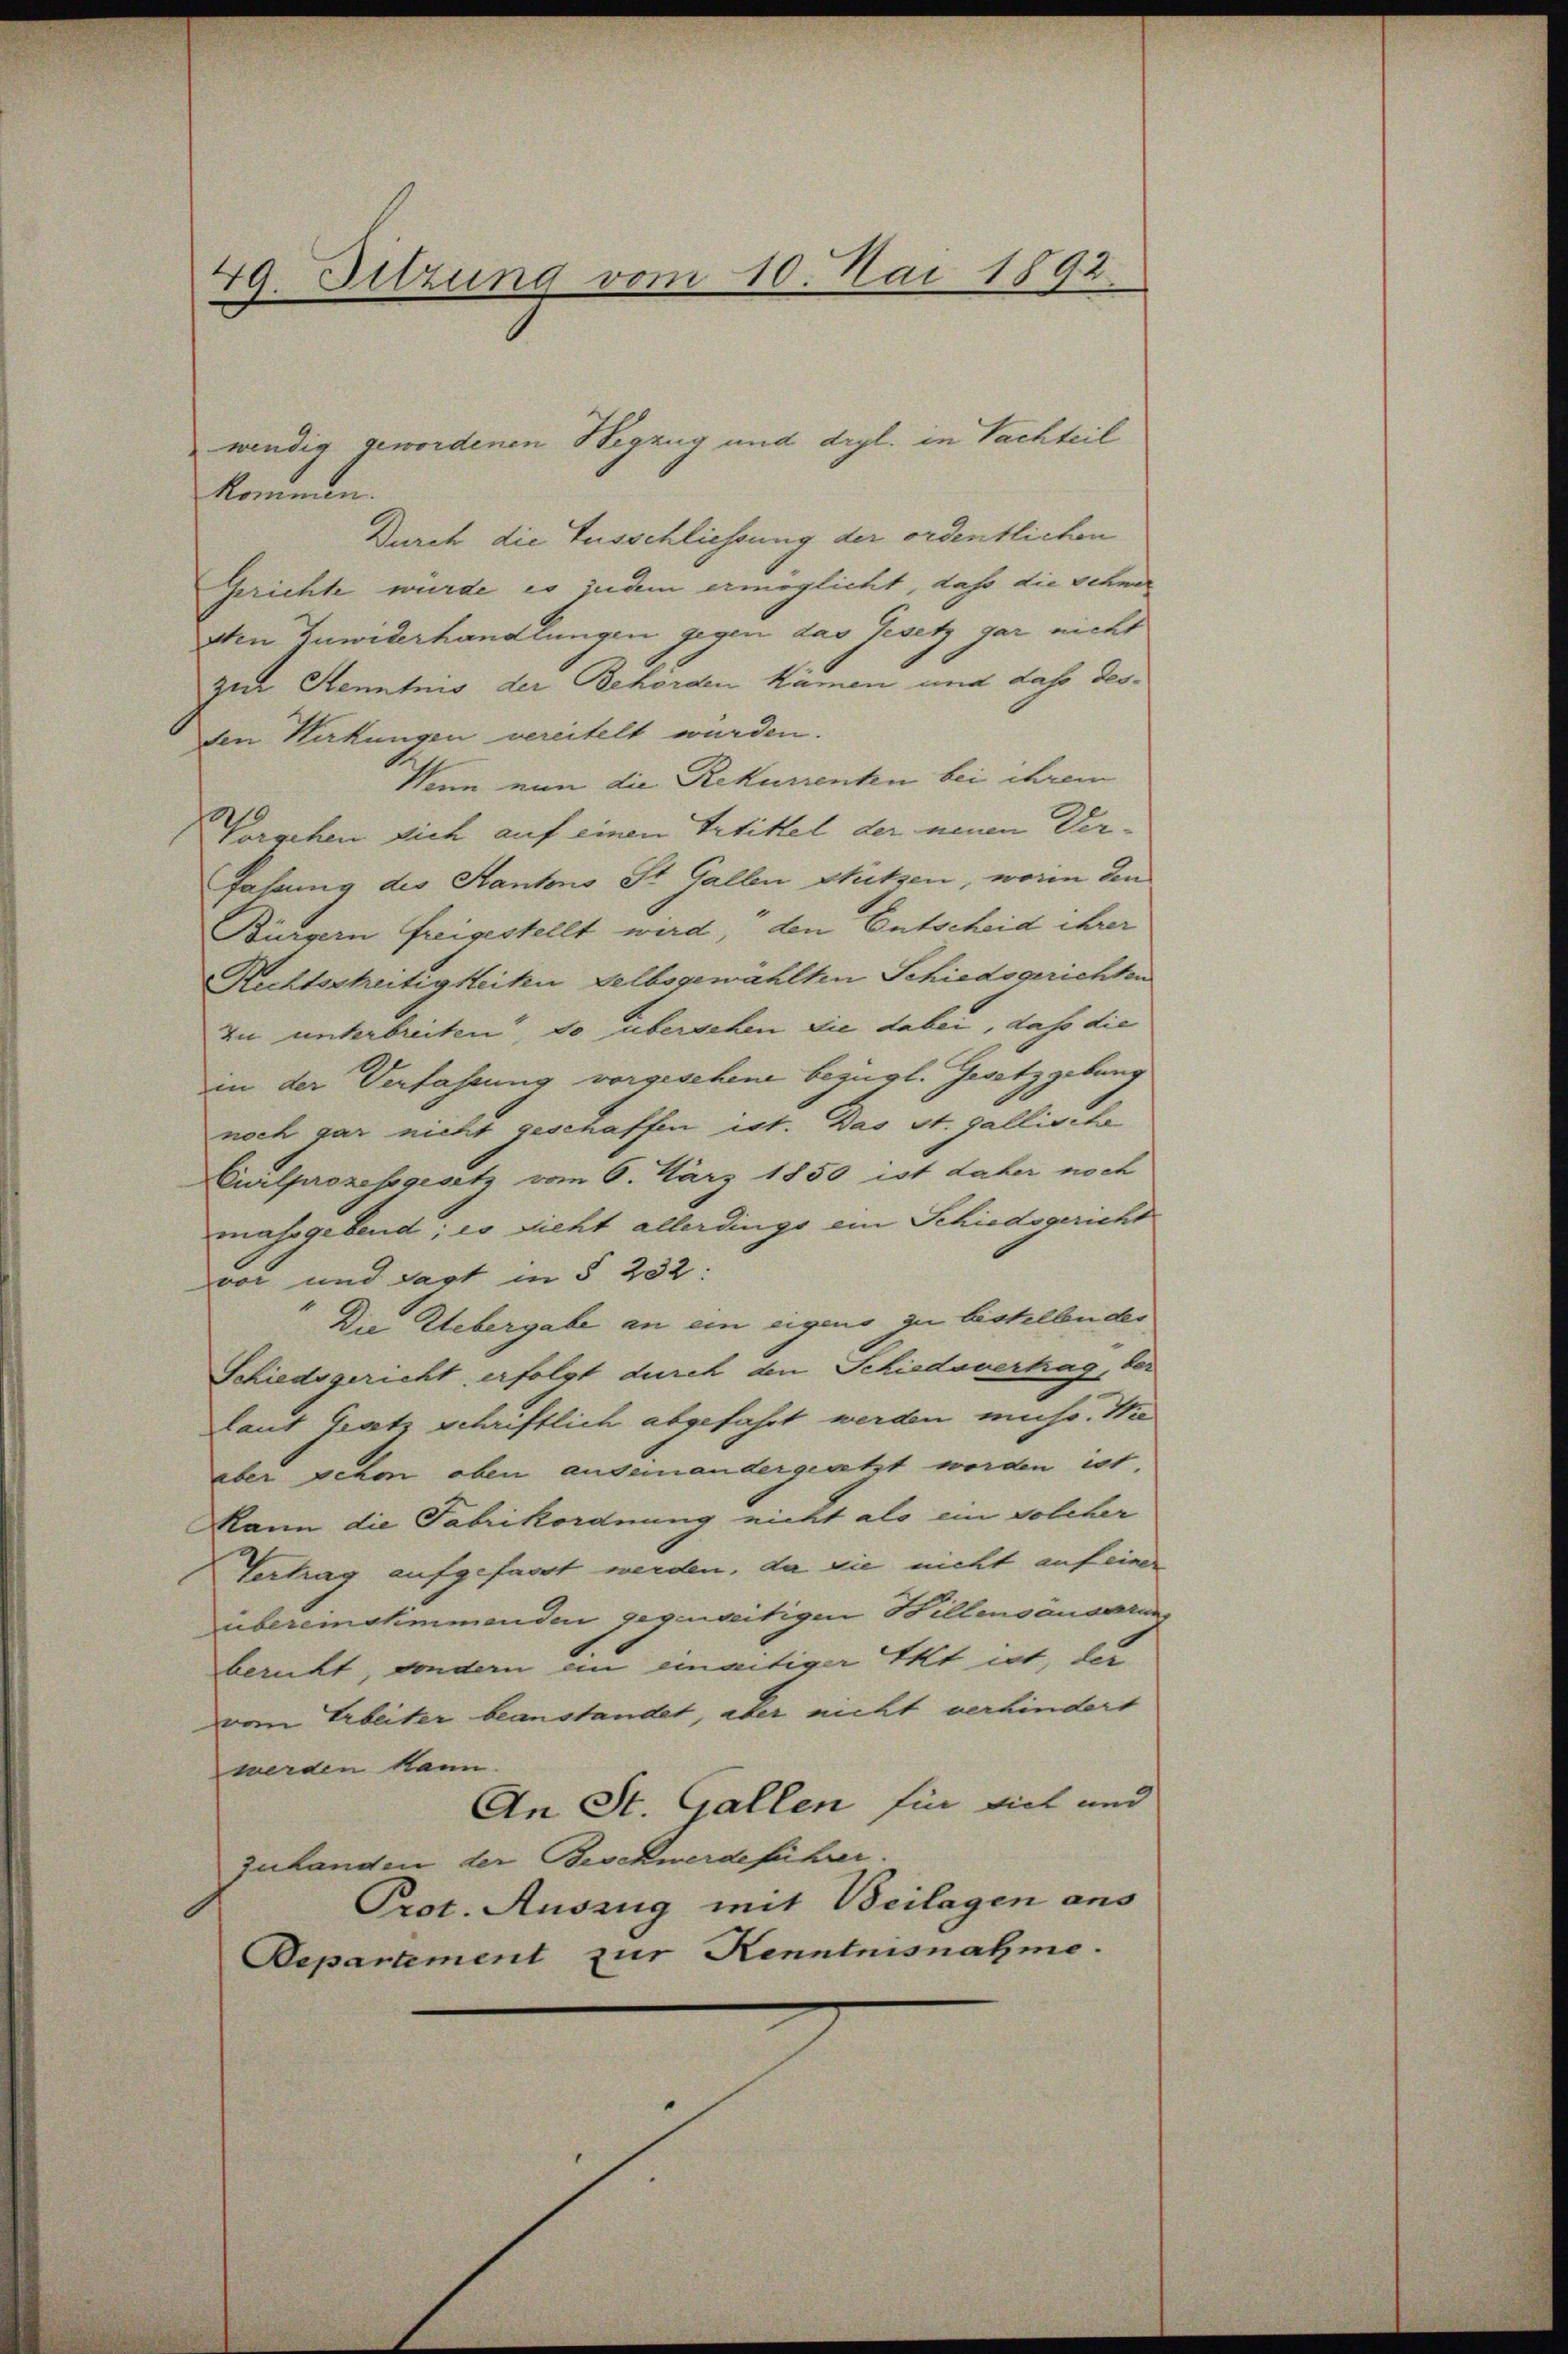
49. Sitzung vom 10. Mai 1892.

wendig gewordenen Wegzug und drgl. in Nachteil
kommen.
Durch die Ausschliessung der ordentlichen
Gerichte würde es jedem ermöglicht, daß die Schwer
2ten Zuwiderhandlungen gegen das Gesetz gar nicht
zur Kenntnis der Behörden kämen und dass desden Herkungen vereitelt wurden.
Wann von die Rekurrenten bei ihrem
Vorschen sich auf einen Petittel der neuen Ver-
fahrung des Kantons St. Gallen Stützen, worin den
Bürgern freigestellt wird, den Entscheid ihrer
Richtsstreitigkeiten selbsgemählten Schiedsgerichten
zu unterbreiten, so übersehen die dabei, daß die
in der Verfassung vorgesehene bezügl. Gesetzgebung
noch gar nicht geschaffen ist. Das St. Gallische
Civilprozessgesetz vom 6. März 1850 ist daher noch
massgebend; es sieht allerdings ein Schiedsgericht
vor und sagt in § 232:
Die Uebergabe an ein eigens zu bestellen der
Schiedsgericht erfolgt durch den Schiedavertag, der
Laut Gratz schriftlich abgefahrt werden muss. Wie
aber sehr oben andern andergesetzt werden ist,
kann die Fabrikordnung nicht als ein solcher
Vertrag aufgefasst werden, da sie nicht auf einer
übereinstimmenden gegenseitigen Billensänderten
bericht, sondern an einaitiger Akt ist, der
von Arbeiter beanstandet, aber nicht verhindert
werden kann.
An St. Gallen für viel und
zulanden der Beschwerdeführer.
Prot. Auszug mit Beilagen ans
Departement zur Kenntnisnahme.